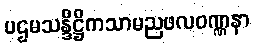
ပဌမသန္ဒိဋ္ဌိကသာမညဖလဝဏ္ဏနာ